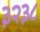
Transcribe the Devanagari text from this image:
३२३८